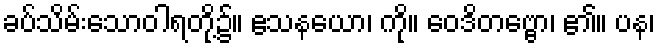
ခပ်သိမ်းသောဝါရတို့၌။ ဧသနယော၊ ကို။ ဝေဒိတဗ္ဗော၊ ၏။ ပန၊